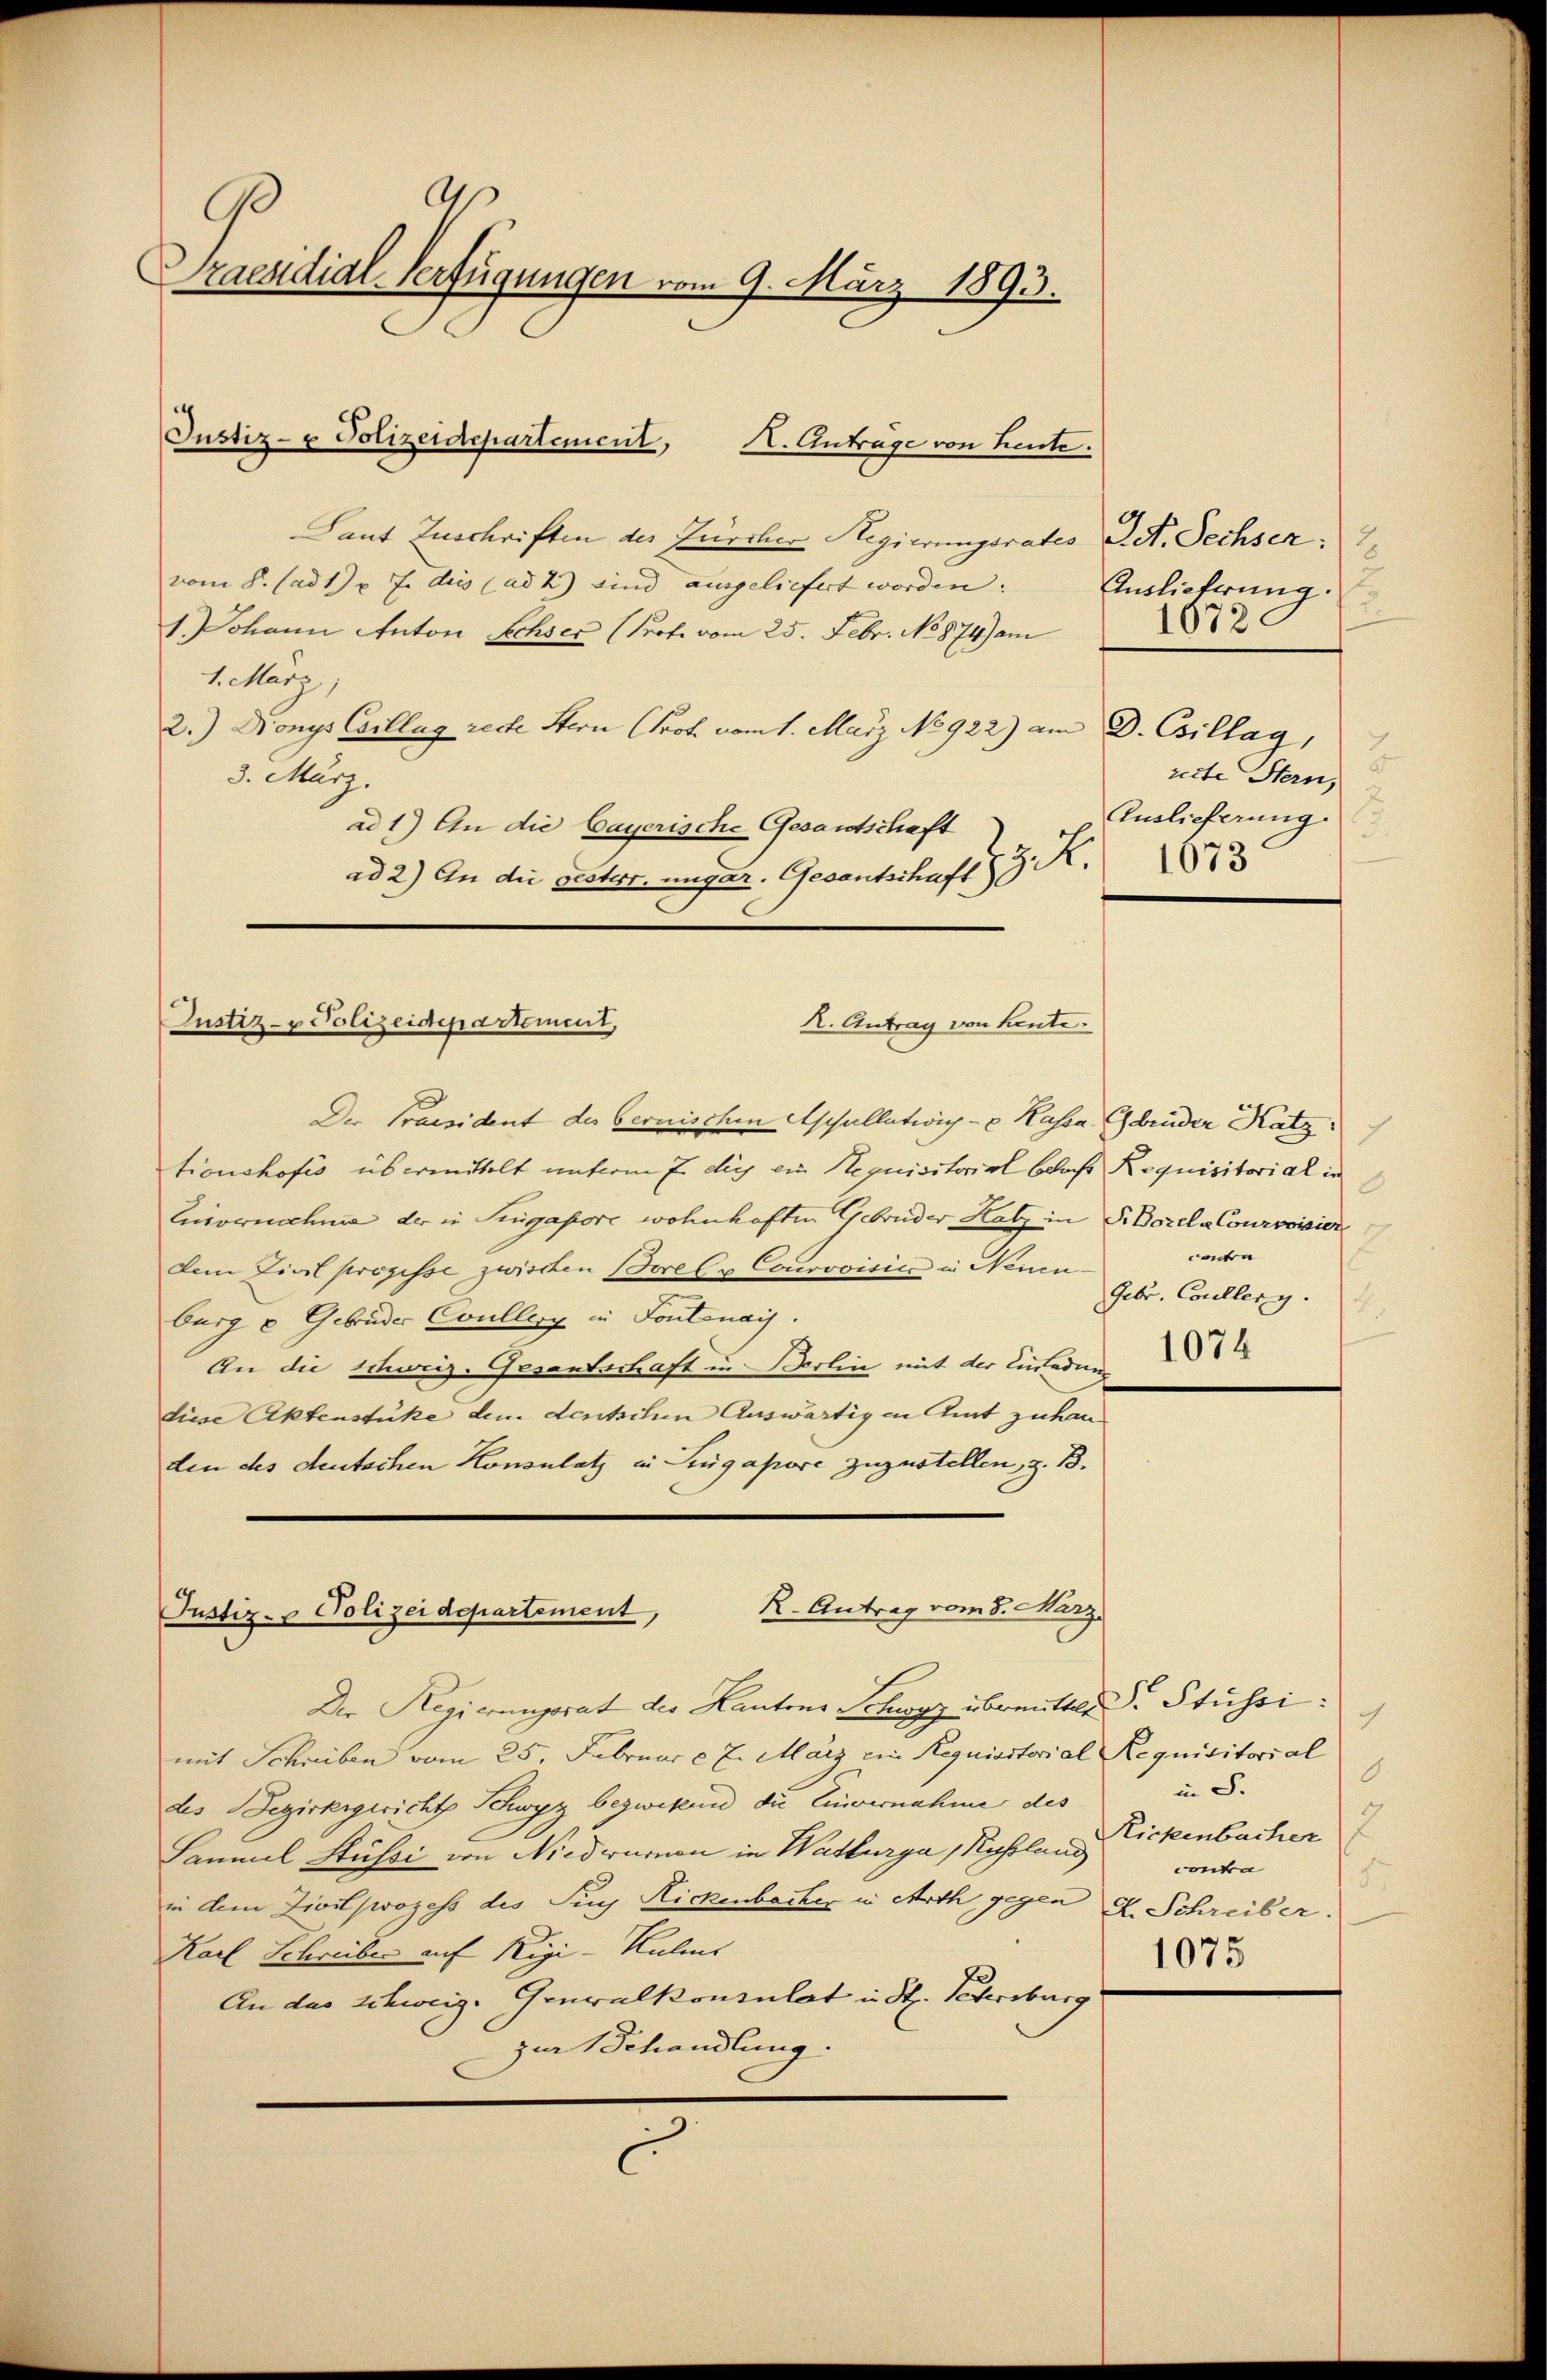
a
Praesidial-Verfügungen vom 9. März 1893.

Laut Zuschriften des Zürcher Regierungsrates L. St. Sechser:
vom 8. (ad 1) u. 7. dies (ad 2) sind ausgeliefert worden.
1. Johann Anton Sechser (Prote vom 25. Febr. No 874) am
1. März,
2.) Dionys Collag recte Stern (Prof. vom 1. März No 922) am D. Csillag,
3. März.
ad 1.) An die bayerische Gesandtschaft
ad 2.) An die Bester, ungar. Gesantschaft G. K.

Justiz- u Polizeidepartement, I. Antrage von Leute.

Justiz- & Polizeidepartement,
K. Antrag von heute.

Justiz- & Polizeidepartement,

Auslieferung.
2
1672.

Der Praesident des Bernischen Appellations- & Kassa Gebrüder Katz
tionshofes übermittelt unterm 7 die ein Requisitorial das Requisitorial in
Einvernahme der in Singapore wohnhaften Gebrüder Katz in P. Borel - Courvoisier
dem Zivil propisse zwischen Borel x Courvoisia in Neuenburg u Gebrüder Coullenz in Fontenais
An die Schweiz. Gesantschaft in Berlin mit der Ladung
diese Aktenstüke dem deutschen Auswärtigen Amt zuhanden des deutschen Konsulatz in Lingapore zuzustellen, z. B.
R. Antrag vom 8. März.

Der Regierungsrat des Kantons Schwyz übermitter d. Stüssimit Schreiben vom 25. Februar c. 7. März ein Requisitorial Requisitori al
des Bezirksgericht Schwyz bezwikund die Einvernahme des
Laumel Stüfsi von Niedwurnen in Watturga Rochslung
in dem Zivilprozess des Tun Nickenbacher in Arth gegen A. Schreiber.
Karl Schreiber auf Rigi-Hulens
An das Schweiz. Genwalkonsulat in St. Petersburg
zur Behandlung.
c

3
reite Stern,
Auslieferung.
.
1073

Contra
Febr. Coullerg.
.

1074

4
.
in S.
2
Rickenbachen
contra
5

1075